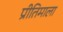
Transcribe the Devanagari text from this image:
प्रीतिमाला